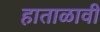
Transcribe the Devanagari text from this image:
हाताळावी